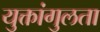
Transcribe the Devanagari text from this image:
युक्तांगुलता